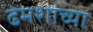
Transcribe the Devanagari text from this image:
ढेमशांच्या